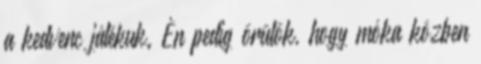
a kedvenc játékuk. Én pedig örülök, hogy móka közben